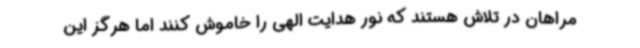
مراهان در تلاش هستند که نور هدایت الهی را خاموش کنند اما هرگز این